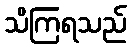
သိကြရသည်